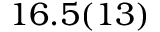
1 6 . 5 ( 1 3 )